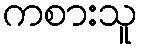
ကစားသူ